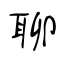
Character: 聊